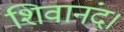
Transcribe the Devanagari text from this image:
शिवानंद।